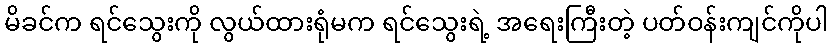
မိခင်က ရင်သွေးကို လွယ်ထားရုံမက ရင်သွေးရဲ့ အရေးကြီးတဲ့ ပတ်ဝန်းကျင်ကိုပါ